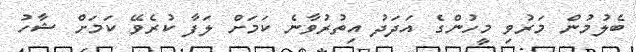
ބެލުމުން މަރުވި މީހުންގެ އަދަދު އިތުރުވާނެ ކަމަށް ލަފާ ކުރެވޭ ކަމަށް ޝާހު